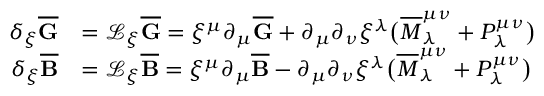
\begin{array} { r l } { \delta _ { \xi } \overline { { \mathbf { G } } } } & { = \mathcal { L } _ { \xi } \overline { { \mathbf { G } } } = \xi ^ { \mu } \partial _ { \mu } \overline { { \mathbf { G } } } + \partial _ { \mu } \partial _ { \nu } \xi ^ { \lambda } \big ( \overline { { M } } ^ { \mu \nu } _ { \lambda } + P ^ { \mu \nu } _ { \lambda } \big ) } \\ { \delta _ { \xi } \overline { { \mathbf { B } } } } & { = \mathcal { L } _ { \xi } \overline { { \mathbf { B } } } = \xi ^ { \mu } \partial _ { \mu } \overline { { \mathbf { B } } } - \partial _ { \mu } \partial _ { \nu } \xi ^ { \lambda } \big ( \overline { { M } } ^ { \mu \nu } _ { \lambda } + P ^ { \mu \nu } _ { \lambda } \big ) } \end{array}